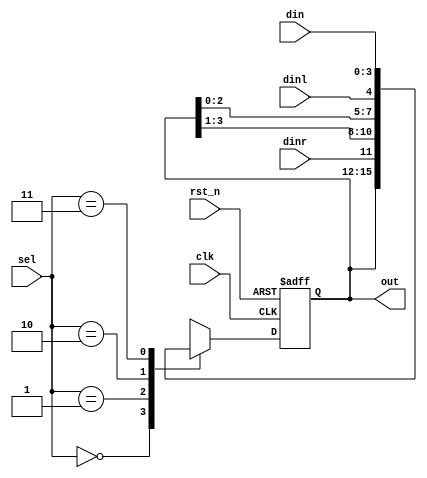
module shift_4 (
  dinl,
  din,
  dinr,
  clk,
  rst_n,
  sel,
  out
);

  input         dinl;   //
  input   [3:0] din;    //
  input         dinr;   //
  input         clk;    //
  input         rst_n;  //
  input   [1:0] sel;    // 00 01 10 11
  output  [3:0] out;    //

  reg     [3:0] out;
  always @ ( posedge clk or negedge rst_n ) begin
    if ( ~rst_n ) begin
      out     <= 4'b0000;
    end
    else begin
      case ( sel )
        2'b00:  out <= out;                 //
        2'b01:  out <= { dinr , out[3:1] }; //
        2'b10:  out <= { out[2:0] , dinl }; //
        2'b11:  out <= din;               //
      endcase
    end
  end
  endmodule